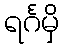
ရင်္ဂမှိ